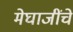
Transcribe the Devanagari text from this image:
मेघाजींचे